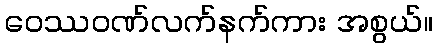
ဝေဿဝဏ်လက်နက်ကား အစွယ်။